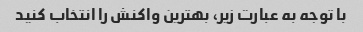
با توجه به عبارت زیر، بهترین واکنش را انتخاب کنید